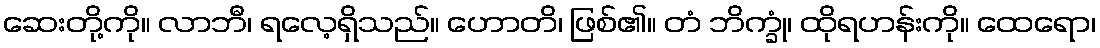
ဆေးတို့ကို။ လာဘီ၊ ရလေ့ရှိသည်။ ဟောတိ၊ ဖြစ်၏။ တံ ဘိက္ခုံ၊ ထိုရဟန်းကို။ ထေရော၊